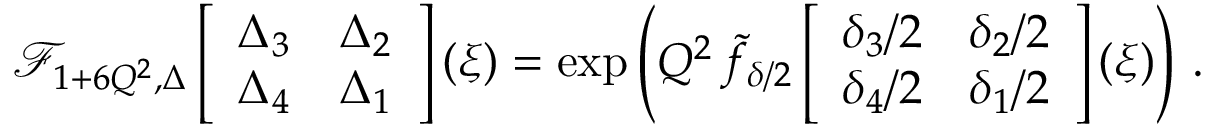
\begin{array} { r } { \mathcal { F } _ { 1 + 6 Q ^ { 2 } , \Delta } \left[ \begin{array} { l l } { \Delta _ { 3 } } & { \Delta _ { 2 } } \\ { \Delta _ { 4 } } & { \Delta _ { 1 } } \end{array} \right] ( \xi ) = \exp \left( Q ^ { 2 } \, \widetilde { f } _ { \delta / 2 } \left[ \begin{array} { l l } { \delta _ { 3 } / 2 } & { \delta _ { 2 } / 2 } \\ { \delta _ { 4 } / 2 } & { \delta _ { 1 } / 2 } \end{array} \right] ( \xi ) \right) \, . } \end{array}